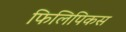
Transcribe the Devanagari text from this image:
फिलिपिकस